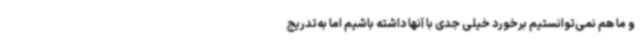
و ما هم نمی‌توانستیم برخورد خیلی جدی با آنها داشته باشیم اما به‌تدریج